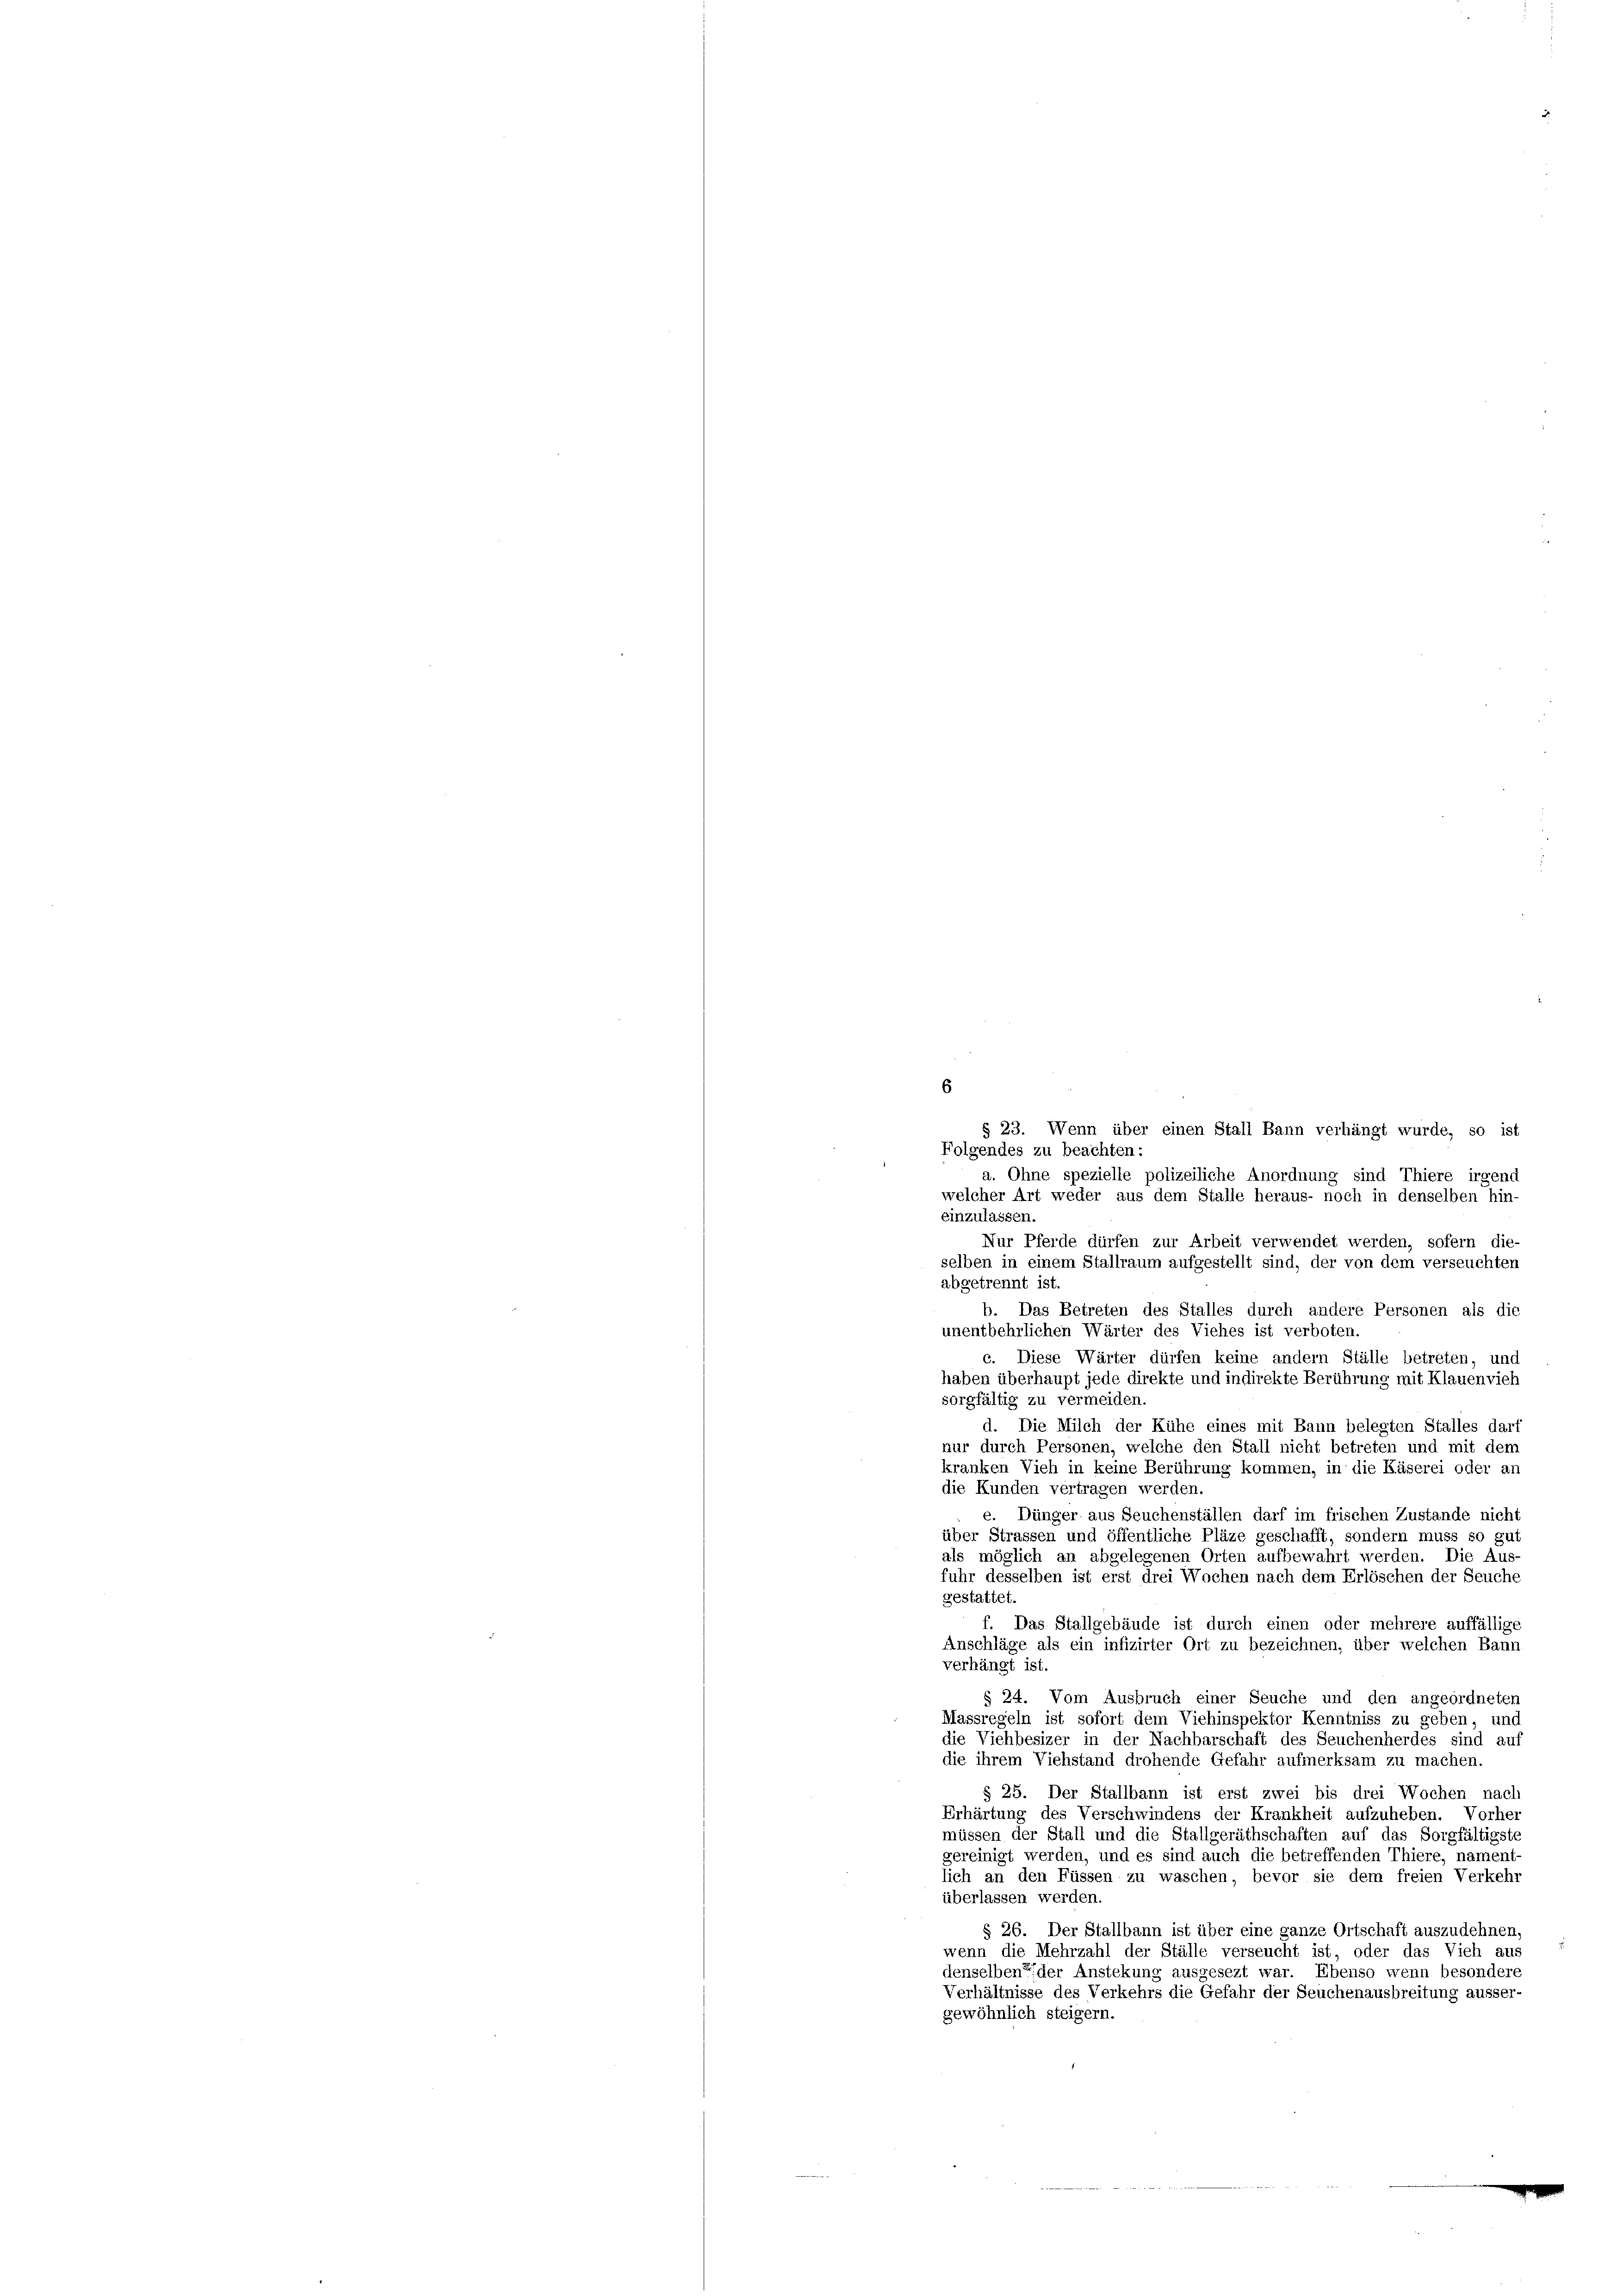
6
§ 23. Wenn über einen Stall Bann verhängt wurde, so ist
Folgendes zu beachten:
a. Ohne spezielle polizeiliche Anordnung sind Thiere irgend
welcher Art weder aus dem Stalle heraus- noch in denselben hin-
einzulassen.
Nur Pferde dürfen zur Arbeit verwendet werden, sofern die-
selben in einem Stallraum aufgestellt sind, der von dem verseuchten
abgetrennt ist.
b. Das Betreten des Stalles durch andere Personen als die
unentbehrlichen Wärter des Viehes ist verboten.
c. Diese Wärter dürfen keine andern Ställe betreten, und
haben überhaupt jede direkte und indirekte Berührung mit Klauenvieh
sorgfältig zu vermeiden.
d. Die Milch der Kühe eines mit Bann belegten Stalles darf
nur durch Personen, welche den Stall nicht betreten und mit dem
kranken Vieh in keine Berührung kommen, in die Käserei oder an
die Kunden vertragen werden
e. Dünger aus Seuchenställen darf im frischen Zustande nicht
über Strassen und öffentliche Pläze geschafft, sondern muss so gut
als möglich an abgelegenen Orten aufbewahrt werden. Die Aus-
fuhr desselben ist erst drei Wochen nach dem Erlöschen der Seuche
gestattet.
f. Das Stallgebäude ist durch einen oder mehrere auffällige
Anschläge als ein infizirter Ort zu bezeichnen, über welchen Bann
verhängt ist.
§ 24. Vom Ausbruch einer Seuche und den angeordneten
Massregeln ist sofort dem Viehinspektor Kenntniss zu geben, und
die Viehbesizer in der Nachbarschaft des Seuchenherdes sind auf
die ihrem Viehstand drohende Gefahr aufmerksam zu machen.
§ 25. Der Stallbann ist erst zwei bis drei Wochen nach
Erhärtung des Verschwindens der Krankheit aufzuheben. Vorher
müssen der Stall und die Stallgeräthschaften auf das Sorgfältigste
gereinigt werden, und es sind auch die betreffenden Thiere, nament-
lich an den Füssen zu waschen, bevor sie dem freien Verkehr
überlassen werden.
§ 26. Der Stallbann ist über eine ganze Ortschaft auszudehnen,
wenn die Mehrzahl der Ställe verseucht ist, oder das Vieh aus
denselben der Anstekung ausgesezt war. Ebenso wenn besondere
Verhältnisse des Verkehrs die Gefahr der Seuchenausbreitung ausser-
gewöhnlich steigern.